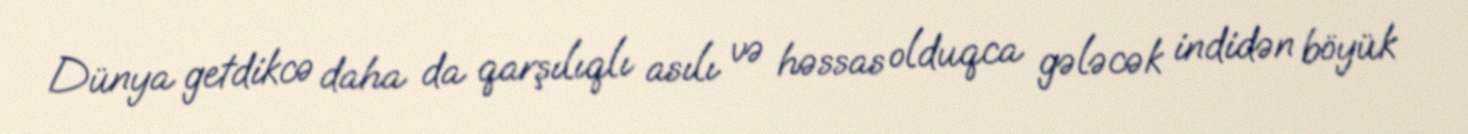
Dünya getdikcə daha da qarşılıqlı asılı və həssas olduqca gələcək indidən böyük